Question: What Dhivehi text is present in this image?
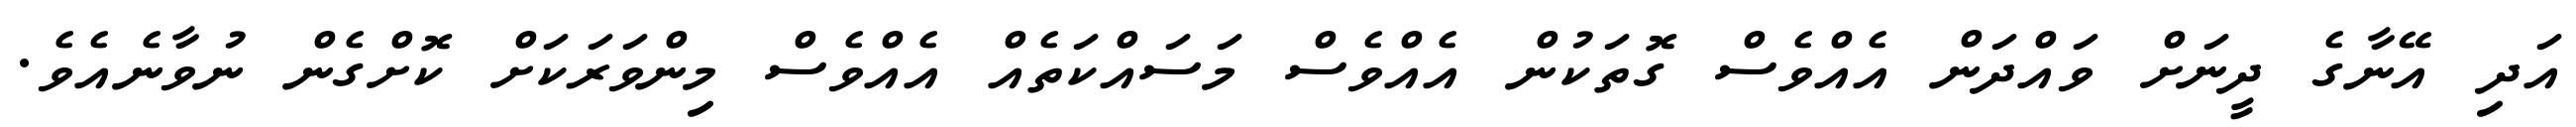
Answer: އަދި އޭނާގެ ދީނަށް ވައްދަން އެއްވެސް ގޮތަކުން އެއްވެސް މަސައްކަތެއް އެއްވެސް މިންވަރަކަށް ކޮށްގެން ނުވާނެއެވެ.